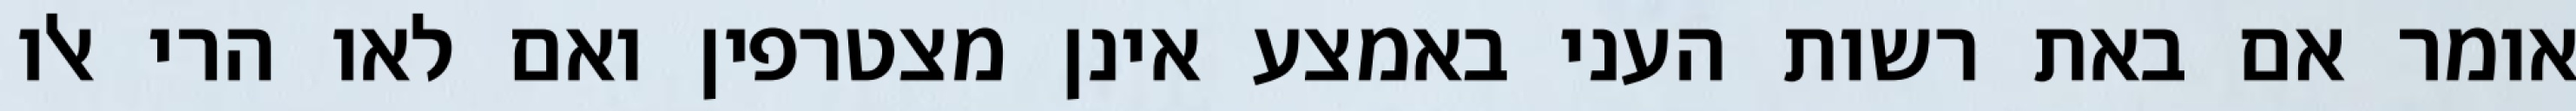
אומר אם באת רשות העני באמצע אינן מצטרפין ואם לאו הרי אלו